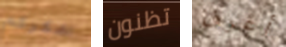
اشكركم تظنون أعرف